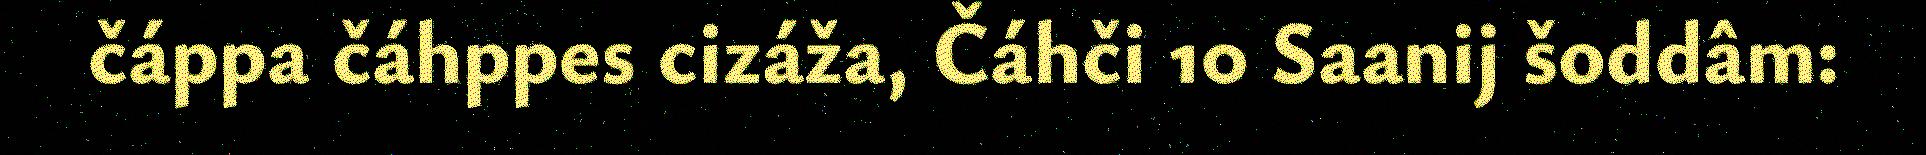
čáppa čáhppes cizáža, Čáhči 10 Saanij šoddâm: